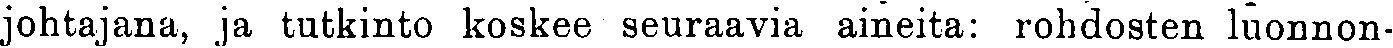
johtajana, ja tutkinto koskee seuraavia aineita: rohdosten luonnon-